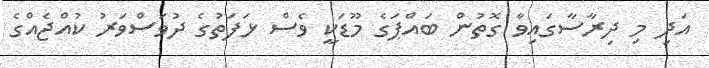
އަދި މި ދިރާސާގައިވާ ގޮތުން ބައްޕަގެ މޫޑަކީ ވެސް ޅަފަތުގެ ދުވަސްވަރު ކުއްޖެއްގެ